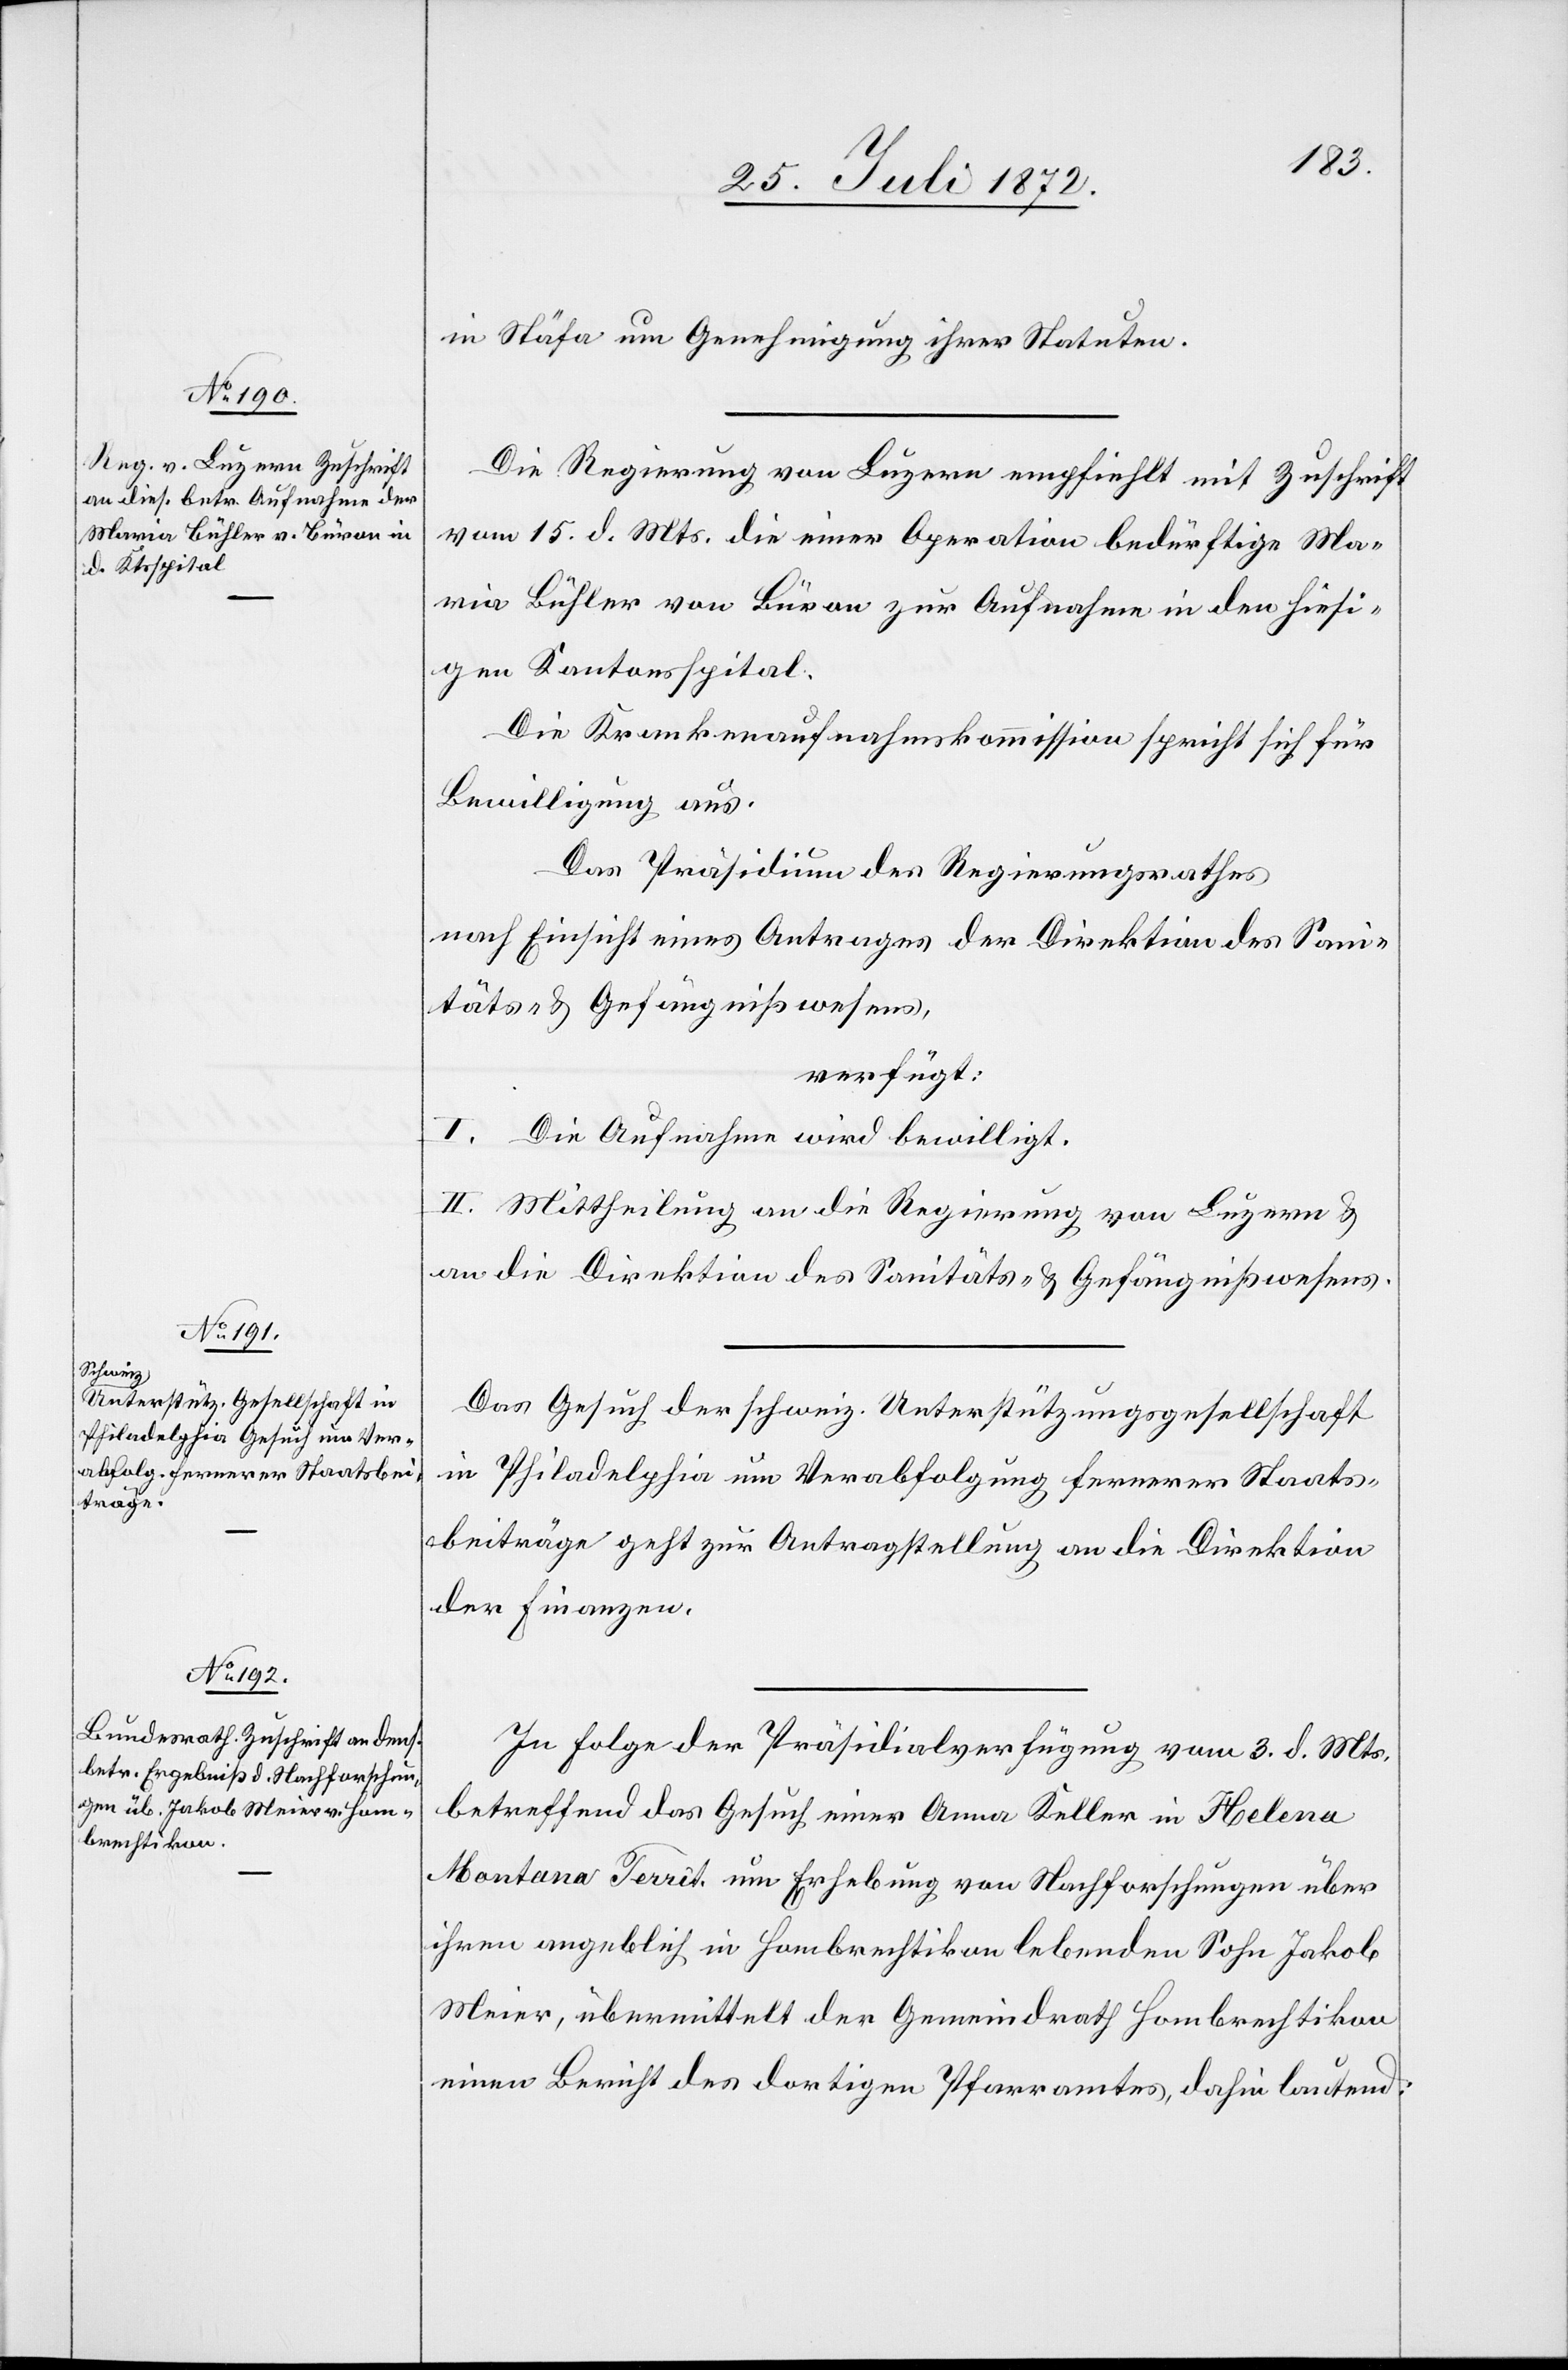
26. Juli 1872.]
in Stäfa um Genehmigung ihrer Statuten.
Die Regierung von Luzern empfiehlt mit Zuschrift
vom 15. d. Mts. die einer Operation bedürftige Ma¬
ria Bühler von Büron zur Aufnahme in den hiesi¬
gen Kantonsspital.
Die Krankenaufnahmskommission spricht sich für
Bewilligung aus.
Das Präsidium des Regierungsrathes
nach Einsicht eines Antrages der Direktion des San¬
itäts- u. Gefängnißwesens,
verfügt:
I. Die Aufnahme wird bewilligt.
II. Mittheilung an die Regierung von Luzern u.
an die Direktion des Sanitäts- u. Gefängnißwesens.
Das Gesuch der schweiz. Unterstützungsgesellschaft
in Philadelphia um Verabfolgung fernerer Staats¬
beiträge geht zur Antragstellung an die Direktion
der Finanzen.
In Folge der Präsidialverfügung vom 3. d. Mts.
betreffend das Gesuch einer Anna Keller in Helena
Montana Territ. um Erhebung von Nachforschungen über
ihren angeblich in Hombrechtikon lebenden Sohn Jakob
Meier, übermittelt der Gemeindrath Hombrechtikon
einen Bericht des dortigen Pfarramtes, dahin lautend: